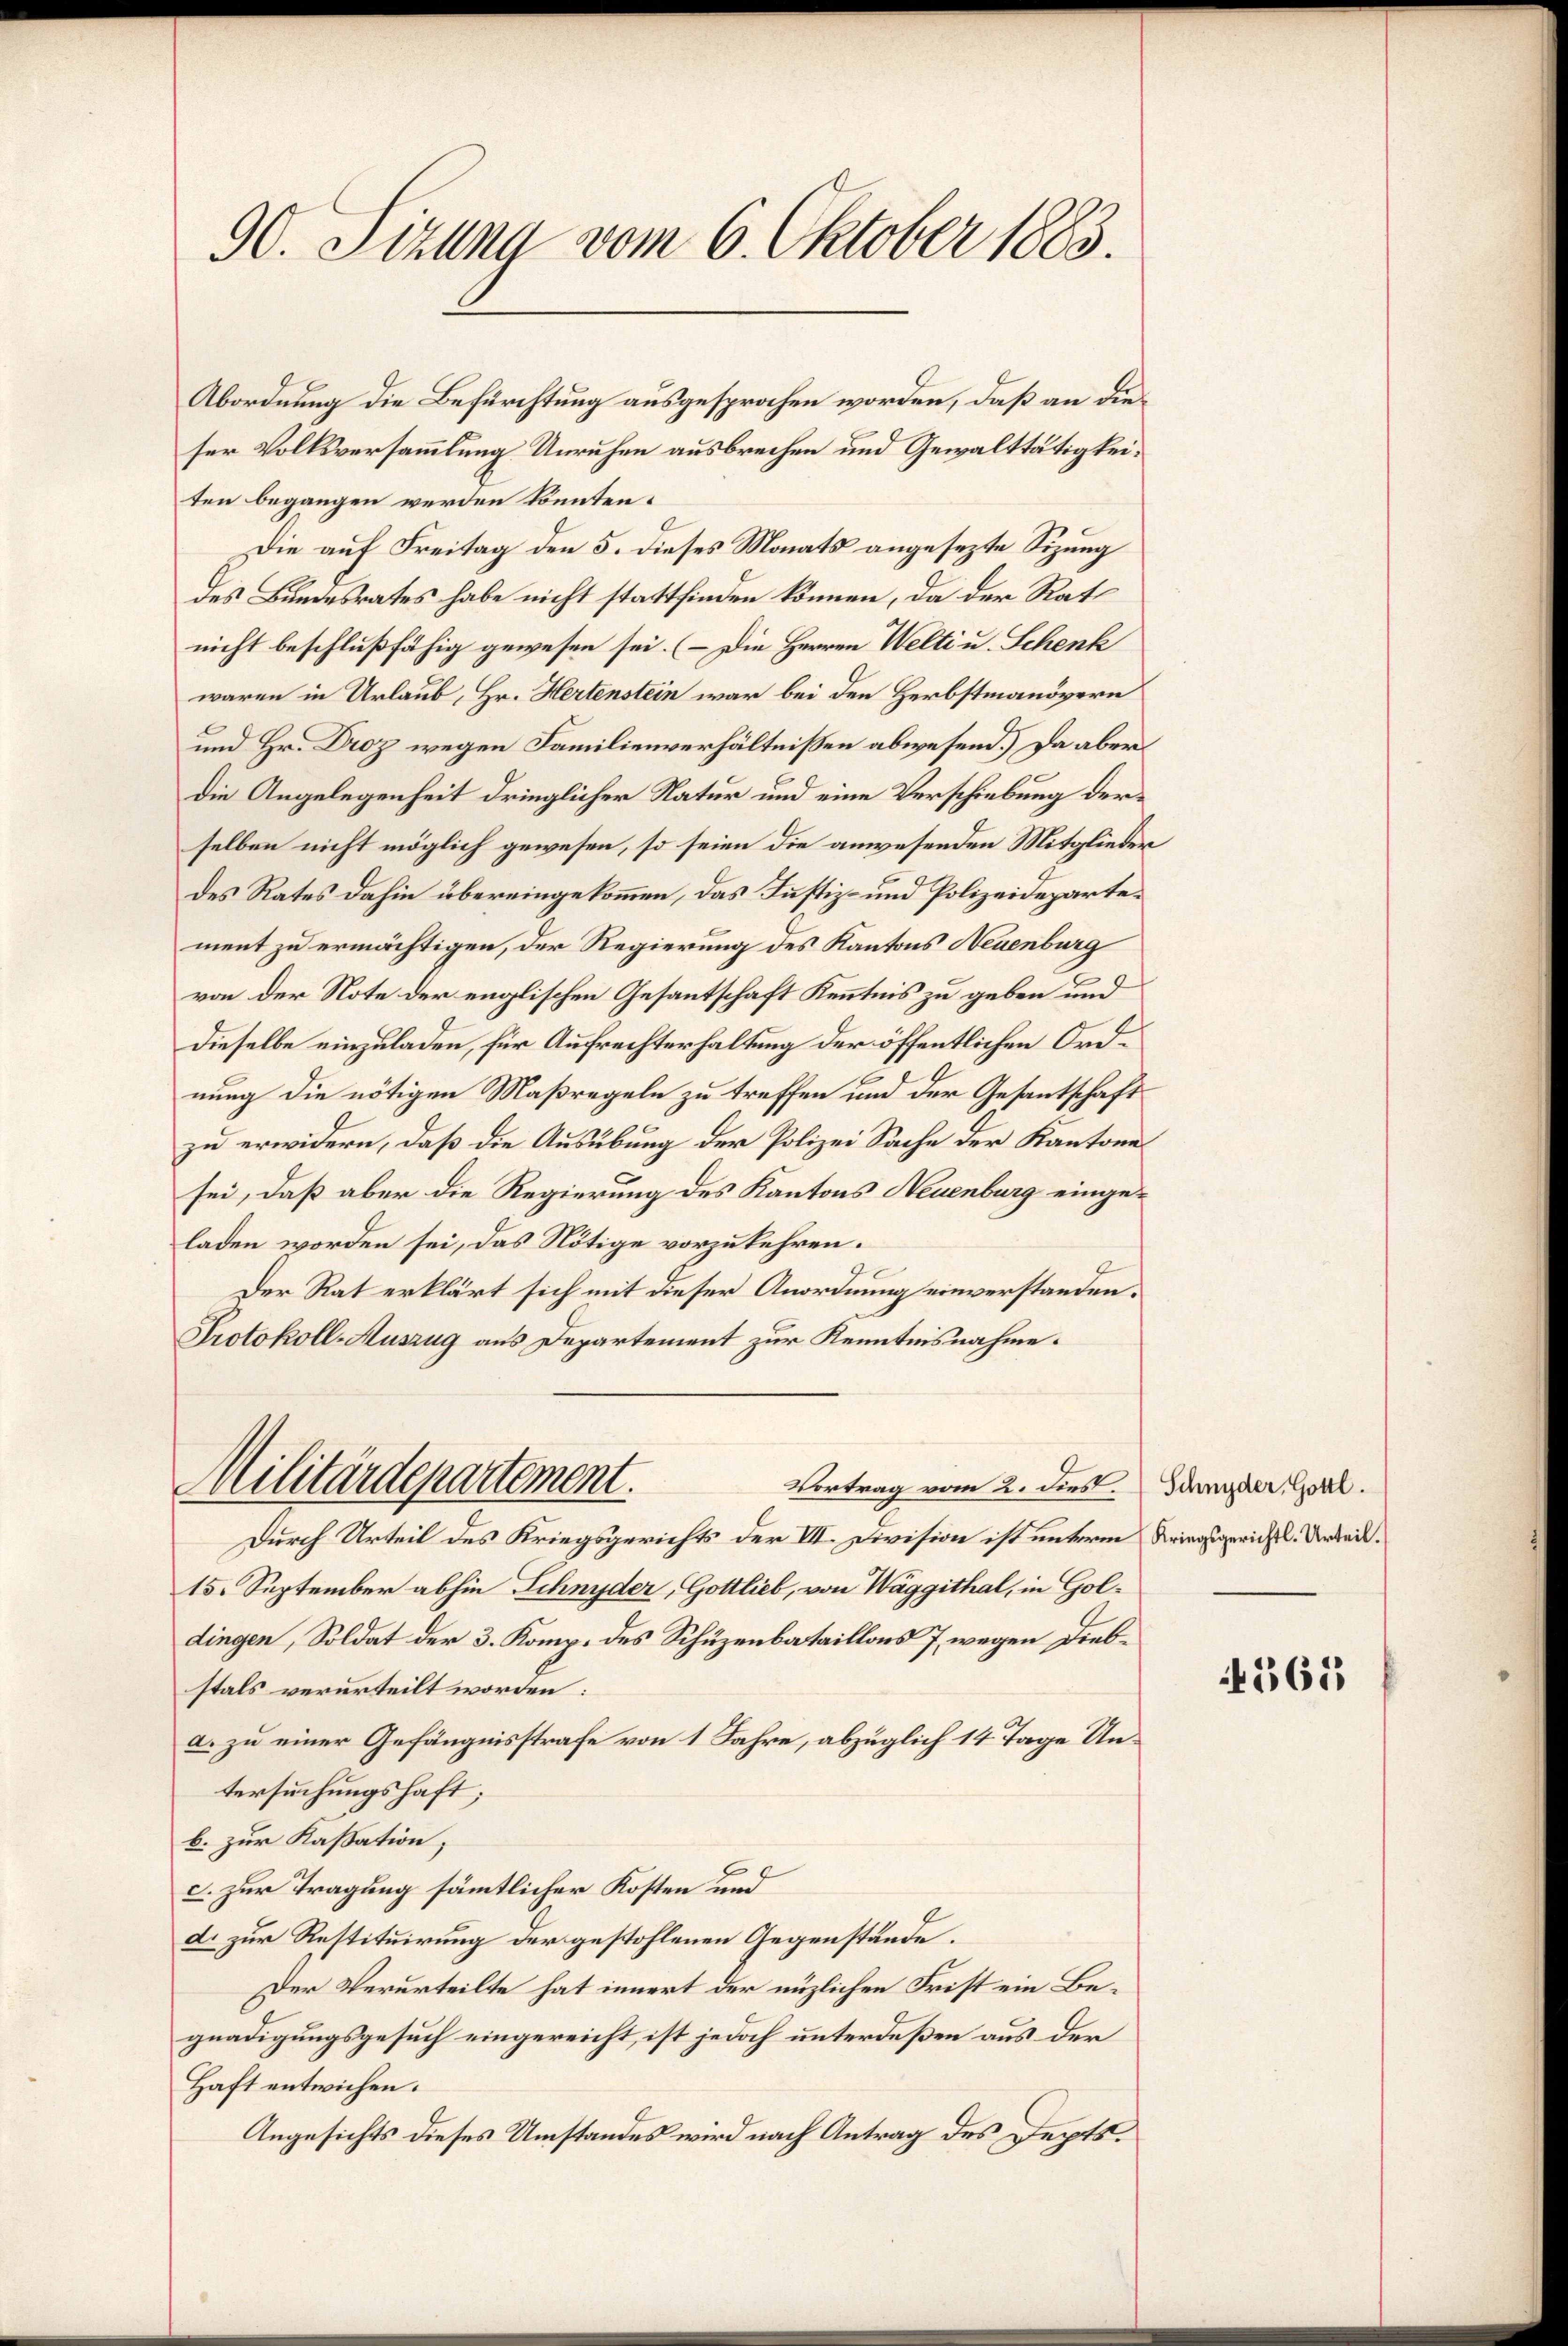
90. Sizung vom 6. Oktober 1883.

Abordnung die Befürchtung ausgesprochen worden, daß an dieser Volksversammlung Unruhen ausbrechen und Gewalttätigkeiten begangen werden könnten.
Die auf Freitag den 5. dieses Monats angesezte Sitzung
des Bundesrates habe nicht stattfinden können, da der Rat
nicht beschlußfähig gewesen sei. (Die Herren Welti u. Schenk
waren in Urlaub, Hr. Hertenstein war bei den Herbstmanövern
C
und Hr. Droz wegen Familienverhältnißen abwesend.) Da aber
Die Angelegenheit dringlicher Natur und eine Verschiebung derselben nicht möglich gewesen, so seien die anwesenden Mitgliederdes Rates dahin übereingekommen, das Justiz- und Polizeidepartement zu ermächtigen, der Regierung des Kantons Neuenburg
von der Note der englischen Gesantschaft Kenntnis zu geben und
Dieselbe einzuladen, für Aufrechterhaltung der öffentlichen Ordnung die nötigen Maßregeln zu treffen und der Gesantschaft
zu erwidern, daß die Ausübung der Polizei Sache der Kantone
sei, daß aber die Regierung des Kantons Neuenburg eingeladen worden sei, das Nötige vorzukehren.
Der Rat erklärt sich mit dieser Anordnung einverstanden.
Protokoll-Auszug aus Departement zur Kenntnisnahme.
Militärdepartement.
Vortrag vom 2. dies
Durch Urteil des Kriegsgerichts der III. Division ist unterm Kriegsgerichts. Arbeit.
15. September abhin Schnyder, Gottlieb, von Wäggithal, in Goldingen, Soldat der 3. Komp. des Schüzenbataillons 7, wegen Diebstals verurteilt worden:
a. zu einer Gefängnisstrafe von 1 Jahre, abzüglich 14 Tage Untersuchungshaft;
b. zur Kassation,
x
c. zur Tragung sämmtlicher Kosten und
d. zur Restituirung der gestohlenen Gegenstände.
Der Verurteilte hat innert der nüzlichen Frist ein Begnadigungsgesuch eingereicht, ist jedoch unterdeßen aus der
Haft entwichen.
Angesichts dieses Umstandes wird nach Antrag des Depts¬

Schnyder, Gottl.

365